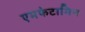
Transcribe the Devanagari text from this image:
एमफेटामिन